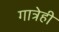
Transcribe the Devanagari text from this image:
गात्रेही